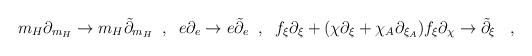
LaTeX: \begin{align*} m_H \partial_{m_H} \rightarrow m_H \tilde{\partial}_{m_H} \; \; , \; \; e \partial_e \rightarrow e \tilde{\partial}_e \; \; , \; \; f_{\xi} \partial_{\xi} + (\chi \partial_{\xi} + \chi_A \partial_{\xi_A} ) f_{\xi} \partial_{\chi} \rightarrow \tilde{\partial}_{\xi} \; \; \; ,\end{align*}